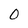
Character: 0